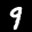
Label: 9